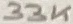
Text: 33K